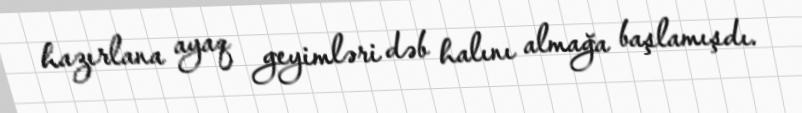
hazırlana ayaq geyimləri dəb halını almağa başlamışdı.